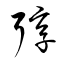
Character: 弴